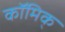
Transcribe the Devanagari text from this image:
कॉमिक्